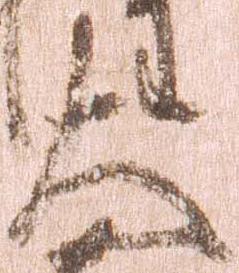
大